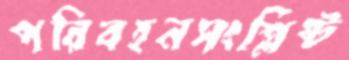
পরিবহনসংশ্লিষ্ট